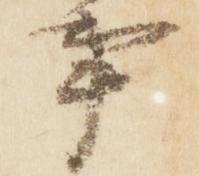
事